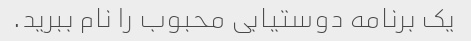
یک برنامه دوستیابی محبوب را نام ببرید.